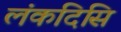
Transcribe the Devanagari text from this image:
लंकदिसि